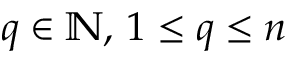
q \in \mathbb { N } , \, 1 \leq q \leq n